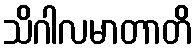
သိဂါလမာတာတိ